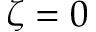
\zeta = 0